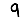
Digit: 9